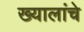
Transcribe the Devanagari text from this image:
ख्यालांचे